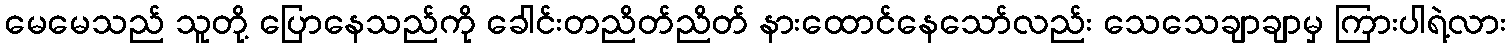
မေမေသည် သူတို့ ပြောနေသည်ကို ခေါင်းတညိတ်ညိတ် နားထောင်နေသော်လည်း သေသေချာချာမှ ကြားပါရဲ့လား